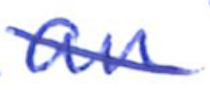
Text: an
Cross-out: diagonal
Writing tool: ballpoint